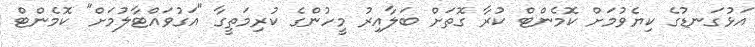
އަޅުގަނޑުގެ ކިޔެވުމަށް ކޮމެންޓް ކުރާ ގޮތަށް ބަލާއިރު މީހުންގެ ކުރިމަތީގާ "އަގުވައްޓާލުމަށް" ކޮމެންޓް